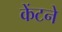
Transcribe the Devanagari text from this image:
केंटने